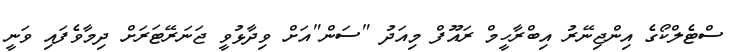
ސްޓެލްކޯގެ އިންޖިނޭރު އިބްރާހީމް ރައޫފް މިއަދު "ސަން"އަށް ވިދާޅުވީ ޖަނަރޭޓަރަށް ދިމާވެފައި ވަނީ